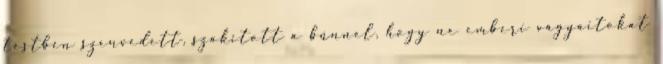
testben szenvedett, szakított a bűnnel, hogy ne emberi vágyaitokat